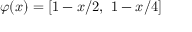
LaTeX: \varphi ( x ) = [ 1 - x / 2 , ~ 1 - x / 4 ]